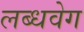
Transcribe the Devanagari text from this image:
लब्धवेग